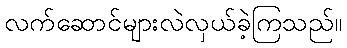
လက်ဆောင်များလဲလှယ်ခဲ့ကြသည်။